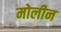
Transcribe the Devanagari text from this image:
मोलीन